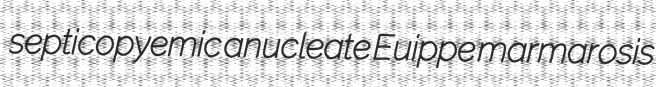
septicopyemic anucleate Euippe marmarosis